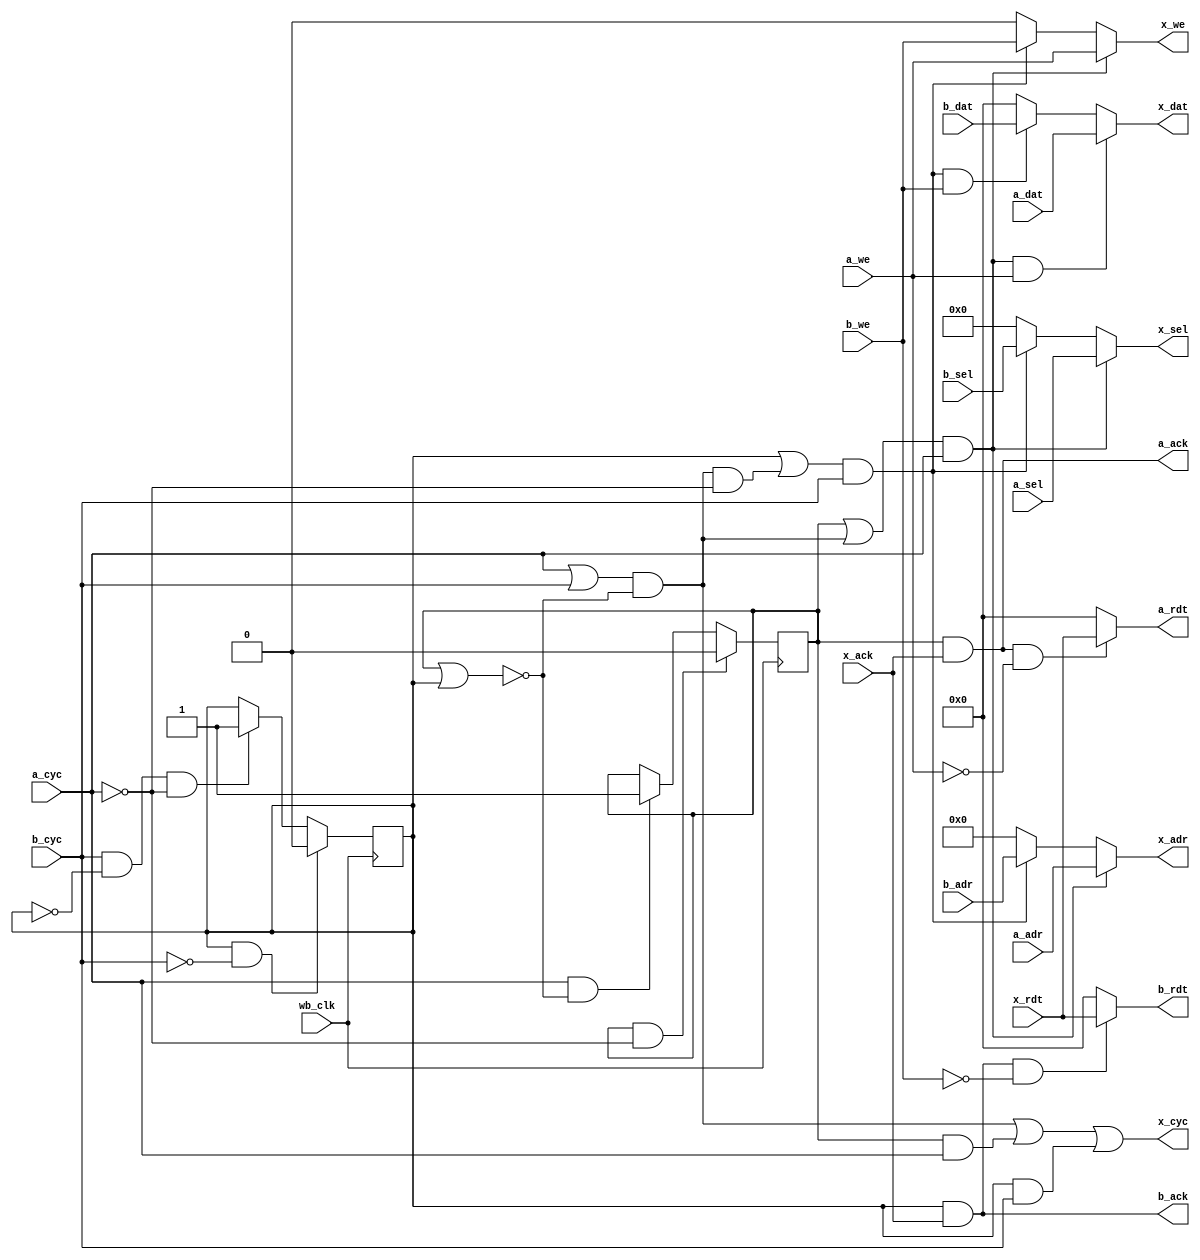
// This program was cloned from: https://github.com/DaveBerkeley/serv_soc
// License: MIT License


`default_nettype none

module ram_arb
# (parameter WIDTH=10)
(
    input wire wb_clk,

    // Port A
    input wire a_cyc,
    input wire a_we,
    input wire [3:0] a_sel,
    input wire [(WIDTH-1):0] a_adr,
    input wire [31:0] a_dat,
    output wire a_ack,
    output wire [31:0] a_rdt,

    // Port B
    input wire b_cyc,
    input wire b_we,
    input wire [3:0] b_sel,
    input wire [(WIDTH-1):0] b_adr,
    input wire [31:0] b_dat,
    output wire b_ack,
    output wire [31:0] b_rdt,

    // Port X
    output wire x_cyc,
    output wire x_we,
    output wire [3:0] x_sel,
    output wire [(WIDTH-1):0] x_adr,
    output wire [31:0] x_dat,
    input wire x_ack,
    input wire [31:0] x_rdt
);

    reg dev_a = 0;
    reg dev_b = 0;

    wire busy;
    assign busy = dev_a | dev_b;

    wire start;
    assign start = (a_cyc | b_cyc) & !busy;

    always @(posedge wb_clk) begin

        if (a_cyc & !(dev_a | dev_b)) begin
            dev_a <= 1;
        end
        if (b_cyc & (!dev_b) & !a_cyc) begin
            dev_b <= 1;
        end

        if (dev_a & !a_cyc) begin
            dev_a <= 0;
        end
        if (dev_b & !b_cyc) begin
            dev_b <= 0;
        end
    end

    wire a;
    assign a = (dev_a | start) & a_cyc;
    wire b;
    assign b = (dev_b | (start & !a_cyc)) & b_cyc;

    wire ar, aw;
    assign ar = a_ack & !a_we;
    assign aw = a & a_we;
    wire br, bw;
    assign br = b_ack & !b_we;
    assign bw = b & b_we;

    assign x_cyc = start | (dev_a & a_cyc) | (dev_b & b_cyc);
    assign x_dat = aw ? a_dat : (bw ? b_dat : 0);
    assign x_adr = a  ? a_adr : (b  ? b_adr : 0);
    assign x_sel = a  ? a_sel : (b  ? b_sel : 0);
    assign x_we  = a  ? a_we  : (b  ? b_we  : 0);

    assign a_ack = dev_a & x_ack;
    assign b_ack = dev_b & x_ack;
    assign a_rdt = ar ? x_rdt : 0;
    assign b_rdt = br ? x_rdt : 0;

endmodule